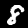
Label: 8